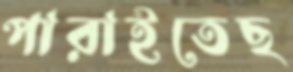
পারাইতেছ